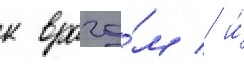
к врача́м / и́